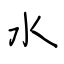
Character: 水